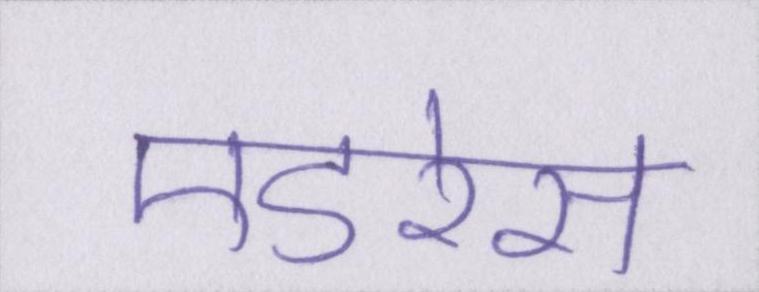
एडरेस